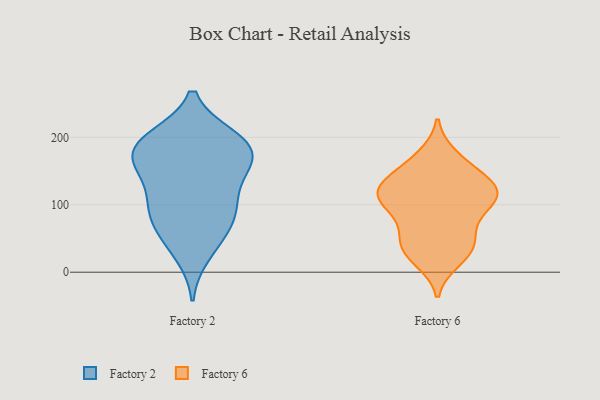
{"axis": {"x": "Website Visitors", "y": "Value"}, "legend": ["Factory 2", "Factory 6"], "data": [{"x": "", "y": 159, "type": "Factory 2"}, {"x": "", "y": 61, "type": "Factory 2"}, {"x": "", "y": 154, "type": "Factory 2"}, {"x": "", "y": 192, "type": "Factory 2"}, {"x": "", "y": 199, "type": "Factory 2"}, {"x": "", "y": 90, "type": "Factory 2"}, {"x": "", "y": 180, "type": "Factory 2"}, {"x": "", "y": 55, "type": "Factory 2"}, {"x": "", "y": 152, "type": "Factory 2"}, {"x": "", "y": 93, "type": "Factory 2"}, {"x": "", "y": 99, "type": "Factory 2"}, {"x": "", "y": 27, "type": "Factory 2"}, {"x": "", "y": 166, "type": "Factory 2"}, {"x": "", "y": 191, "type": "Factory 2"}, {"x": "", "y": 110, "type": "Factory 2"}, {"x": "", "y": 199, "type": "Factory 2"}, {"x": "", "y": 171, "type": "Factory 6"}, {"x": "", "y": 59, "type": "Factory 6"}, {"x": "", "y": 101, "type": "Factory 6"}, {"x": "", "y": 115, "type": "Factory 6"}, {"x": "", "y": 29, "type": "Factory 6"}, {"x": "", "y": 163, "type": "Factory 6"}, {"x": "", "y": 139, "type": "Factory 6"}, {"x": "", "y": 105, "type": "Factory 6"}, {"x": "", "y": 91, "type": "Factory 6"}, {"x": "", "y": 36, "type": "Factory 6"}, {"x": "", "y": 140, "type": "Factory 6"}, {"x": "", "y": 122, "type": "Factory 6"}, {"x": "", "y": 37, "type": "Factory 6"}, {"x": "", "y": 57, "type": "Factory 6"}, {"x": "", "y": 127, "type": "Factory 6"}, {"x": "", "y": 115, "type": "Factory 6"}, {"x": "", "y": 111, "type": "Factory 6"}, {"x": "", "y": 19, "type": "Factory 6"}]}